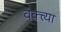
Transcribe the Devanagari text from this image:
वक्त्त्या